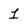
Character: 1